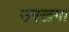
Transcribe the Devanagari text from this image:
उरख़गा